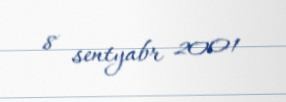
8 sentyabr 2001